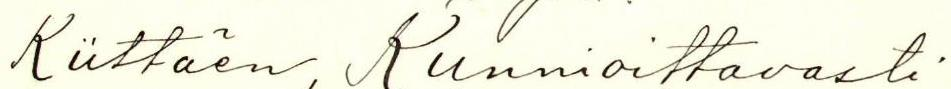
Kiittäen, Kunnioittavasti